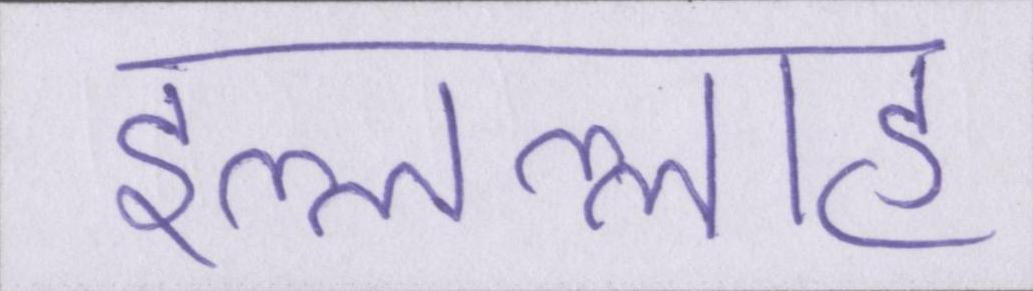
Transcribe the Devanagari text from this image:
इल्लल्लाह